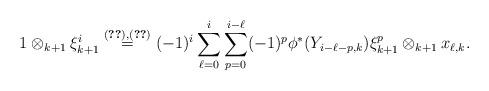
LaTeX: \begin{align*}1 \otimes_{k+1} \xi_{k+1}^{i} &\overset{(\ref{eq:xitosum}), (\ref{eq:Ytosum})}{=} (-1)^{i} \sum_{\ell=0}^{i} \sum_{p=0}^{i-\ell} (-1)^{p}\phi^*(Y_{i-\ell-p,k})\xi_{k+1}^p \otimes_{k+1} x_{\ell,k}.\end{align*}